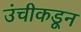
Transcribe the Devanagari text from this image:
उंचीकडून